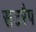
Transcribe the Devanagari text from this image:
सटरैप